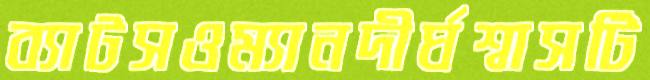
ব্যাটসওম্যানদীর্ঘশ্বাসটি